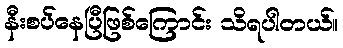
နီးစပ်နေပြီဖြစ်ကြောင်း သိရပါတယ်။